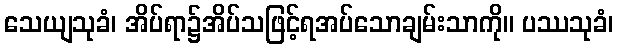
သေယျသုခံ၊ အိပ်ရာ၌အိပ်သဖြင့်ရအပ်သောချမ်းသာကို။ ပဿသုခံ၊